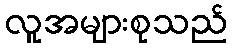
လူအများစုသည်